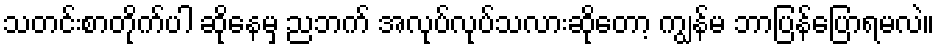
သတင်းစာတိုက်ပါ ဆိုနေမှ ညဘက် အလုပ်လုပ်သလားဆိုတော့ ကျွန်မ ဘာပြန်ပြောရမလဲ။